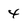
Character: 4